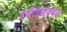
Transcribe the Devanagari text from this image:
गंभीरगडाजवळ